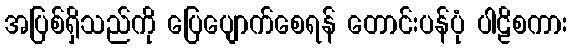
အပြစ်ရှိသည်ကို ပြေပျောက်စေရန် တောင်းပန်ပုံ ပါဠိစကား